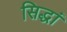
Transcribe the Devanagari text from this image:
सिद्धां